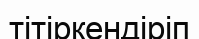
тітіркендіріп